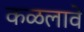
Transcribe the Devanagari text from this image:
कळलावे